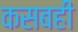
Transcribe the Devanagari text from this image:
कसबही